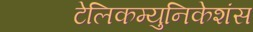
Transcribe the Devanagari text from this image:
टेलिकम्युनिकेशंस